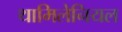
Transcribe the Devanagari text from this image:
थामिलेनियल